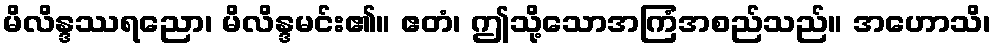
မိလိန္ဒဿရညော၊ မိလိန္ဒမင်း၏။ ဧတံ၊ ဤသို့သောအကြံအစည်သည်။ အဟောသိ၊